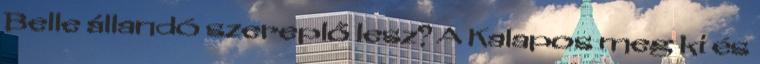
Belle állandó szereplő lesz? A Kalapos meg ki és